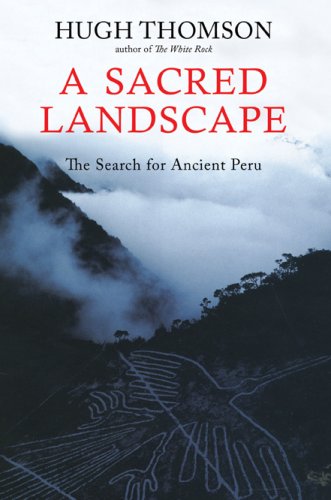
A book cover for A Sacred LandscapeThe Search for Ancient Peru; Hugh Thomson; Travel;